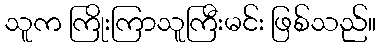
သူက ကြိုးကြာသူကြီးမင်း ဖြစ်သည်။